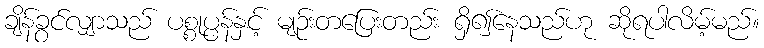
ချိန်ခွင်လျှာသည် ပစ္စုပ္ပန်နှင့် မျဉ်းတပြေးတည်း ရှိ၍နေသည်ဟု ဆိုရပါလိမ့်မည်။